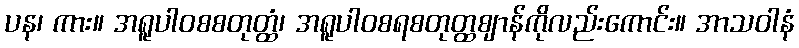
ပန၊ ကား။ အရူပါဝစစတုတ္ထံ၊ အရူပါဝစရစတုတ္ထဈာန်ကိုလည်းကောင်း။ အာသဝါနံ